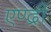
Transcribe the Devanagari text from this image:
एण्द्री